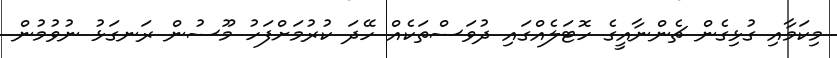
މިކަމާއި ގުޅިގެން ޗެންނާއީގެ ހޮޓަލެއްގައި ދުވަސްތަކެއް ހޭދަ ކުރުމަށްފަހު މޫސުން ރަނގަޅު ނުވުމުން